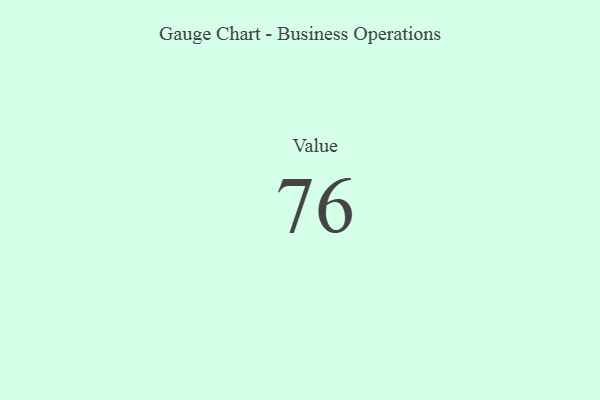
{"axis": {"x": "Metric", "y": "Value"}, "legend": [""], "data": [{"x": "Value", "y": 76, "type": ""}]}